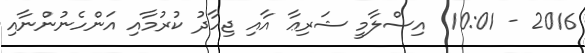
2016 - 10:01  އިސްލާމީ ޝަރިޢާ އާއި ޖިހާދު ކުރުމާއި އަންހެނުންނާއި